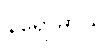
နိရောဓာယ